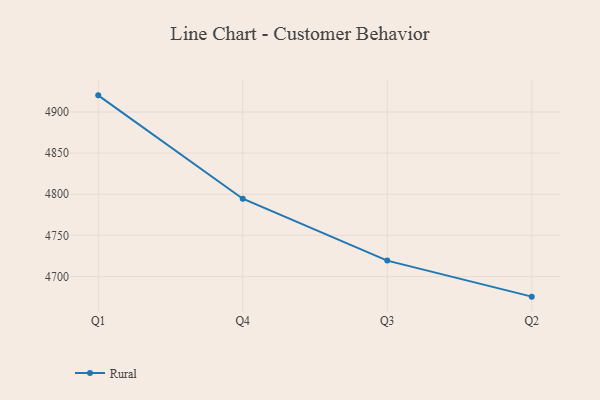
{"axis": {"x": "Quarter", "y": "Tickets Resolved"}, "legend": ["Rural"], "data": [{"x": "Q1", "y": 4920.2, "type": "Rural"}, {"x": "Q4", "y": 4794.6, "type": "Rural"}, {"x": "Q3", "y": 4719.4, "type": "Rural"}, {"x": "Q2", "y": 4675.6, "type": "Rural"}]}